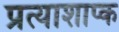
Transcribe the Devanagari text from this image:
प्रत्याशाप्क